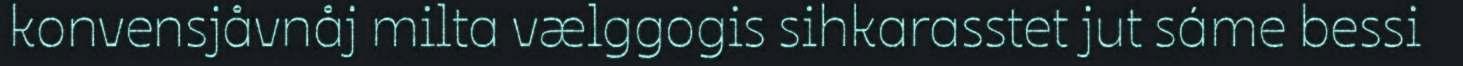
konvensjåvnåj milta vælggogis sihkarasstet jut sáme bessi